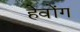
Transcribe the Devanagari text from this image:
हेवोंग